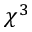
\chi ^ { 3 }